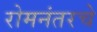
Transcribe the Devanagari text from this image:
रोमनंतरचे